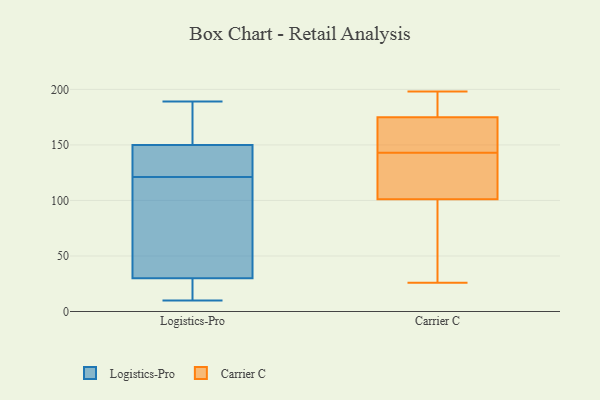
{"axis": {"x": "Churn Rate (%)", "y": "Value"}, "legend": ["Carrier C", "Logistics-Pro"], "data": [{"x": "", "y": 10, "type": "Logistics-Pro"}, {"x": "", "y": 118, "type": "Logistics-Pro"}, {"x": "", "y": 15, "type": "Logistics-Pro"}, {"x": "", "y": 150, "type": "Logistics-Pro"}, {"x": "", "y": 187, "type": "Logistics-Pro"}, {"x": "", "y": 113, "type": "Logistics-Pro"}, {"x": "", "y": 170, "type": "Logistics-Pro"}, {"x": "", "y": 15, "type": "Logistics-Pro"}, {"x": "", "y": 124, "type": "Logistics-Pro"}, {"x": "", "y": 145, "type": "Logistics-Pro"}, {"x": "", "y": 78, "type": "Logistics-Pro"}, {"x": "", "y": 30, "type": "Logistics-Pro"}, {"x": "", "y": 189, "type": "Logistics-Pro"}, {"x": "", "y": 143, "type": "Logistics-Pro"}, {"x": "", "y": 167, "type": "Carrier C"}, {"x": "", "y": 176, "type": "Carrier C"}, {"x": "", "y": 188, "type": "Carrier C"}, {"x": "", "y": 26, "type": "Carrier C"}, {"x": "", "y": 143, "type": "Carrier C"}, {"x": "", "y": 107, "type": "Carrier C"}, {"x": "", "y": 108, "type": "Carrier C"}, {"x": "", "y": 150, "type": "Carrier C"}, {"x": "", "y": 80, "type": "Carrier C"}, {"x": "", "y": 99, "type": "Carrier C"}, {"x": "", "y": 179, "type": "Carrier C"}, {"x": "", "y": 198, "type": "Carrier C"}, {"x": "", "y": 87, "type": "Carrier C"}, {"x": "", "y": 113, "type": "Carrier C"}, {"x": "", "y": 172, "type": "Carrier C"}]}